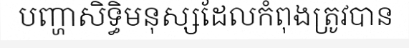
បញ្ហាសិទ្ធិមនុស្សដែលកំពុងត្រូវបាន